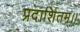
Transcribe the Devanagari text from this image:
प्रदार्शितम्।।